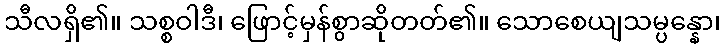
သီလရှိ၏။ သစ္စဝါဒီ၊ ဖြောင့်မှန်စွာဆိုတတ်၏။ သောစေယျသမ္ပန္နော၊